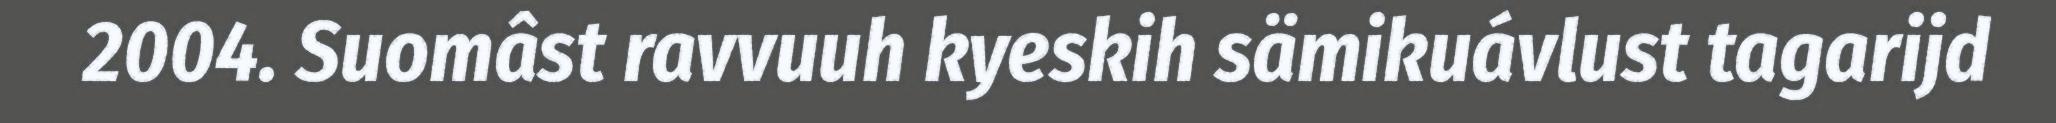
2004. Suomâst ravvuuh kyeskih sämikuávlust tagarijd